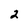
Character: 2